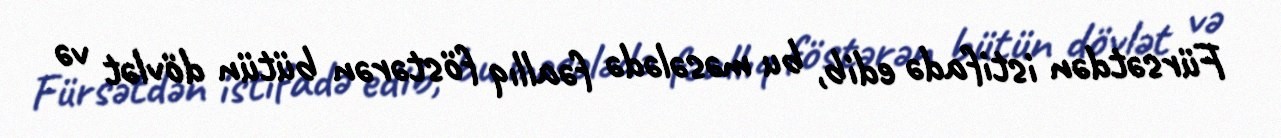
Fürsətdən istifadə edib, bu məsələdə fəallıq föstərən bütün dövlət və